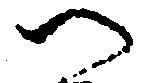
つ